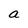
Character: a